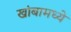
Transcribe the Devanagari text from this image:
खांबामध्ये